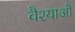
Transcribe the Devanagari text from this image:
वैश्याऔं